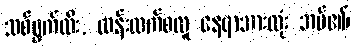
သစ်ရွက်ထီး, ထန်းလက်စလူ နေရာအားလုံး အပ်၏၊